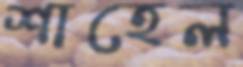
শাহেল